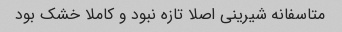
متاسفانه شیرینی اصلا تازه نبود و کاملا خشک بود